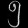
Digit: ၅